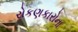
રોકણકારોના